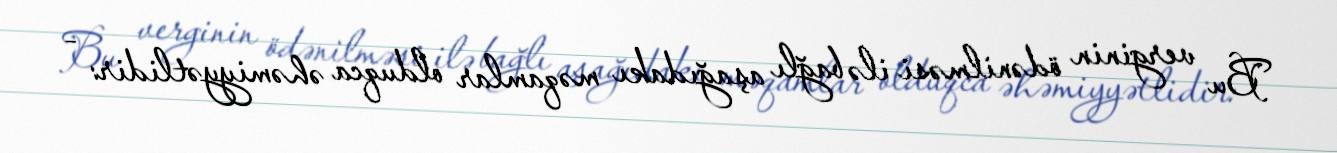
Bu verginin ödənilməsi ilə bağlı aşağıdakı məqamlar olduqca əhəmiyyətlidir: -